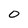
Character: 0